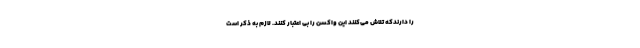
را دارندکه تلاش می‌کنند این واکسن را بی اعتبار کنند. لازم به ذکر است